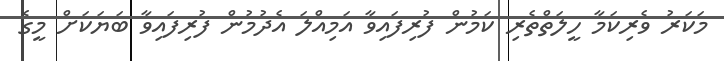
މަކަރު ވެރިކަމާ ހީލަތްތެރި ކަމުން ފުރިފައިވާ އަމިއްލަ އެދުމުން ފުރިފައިވާ ބަޔަކަށް މީގެ